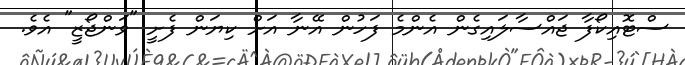
ސްޓޮއިކޯފާ ޖައްސާލައިގެން އެންމެ ފަހުން އޭނާ އަށް ކިޔަން ފެށީ "ވަންޖޯޒީ" އެވެ.